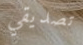
تصديقي